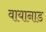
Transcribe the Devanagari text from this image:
वायानाड